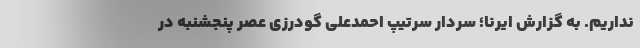
نداریم. به گزارش ایرنا؛ سردار سرتیپ احمدعلی گودرزی عصر پنجشنبه در